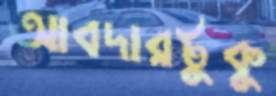
আবদারটুকু